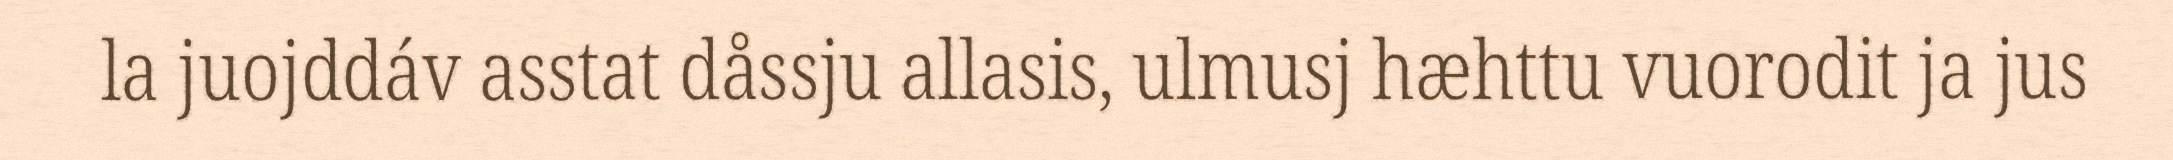
la juojddáv asstat dåssju allasis, ulmusj hæhttu vuorodit ja jus